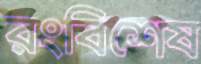
রংবিশেষ